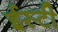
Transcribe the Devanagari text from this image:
ईस्टी